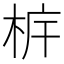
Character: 𣐼